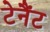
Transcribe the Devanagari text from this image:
टेनैंट